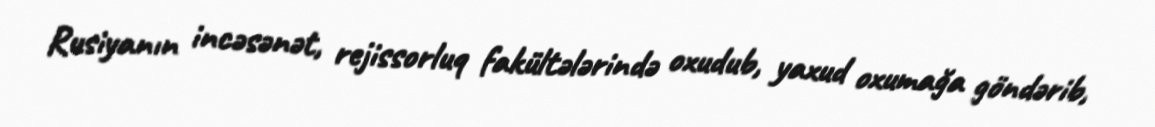
Rusiyanın incəsənət, rejissorluq fakültələrində oxudub, yaxud oxumağa göndərib,